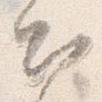
出